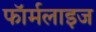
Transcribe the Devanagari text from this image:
फॉर्मलाइज